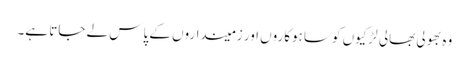
وہ بھولی بھالی لڑکیوں کو ساہوکاروں اور زمینداروں کے پاس لے جاتا ہے۔